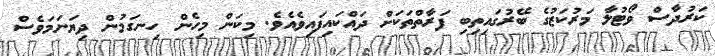
ކަރުދާސް ވޯޓުލާ މަރުކަޒުގެ ބޭރުގައިތިބި ފަރާތްތަކަށް ދައްކައިފައިވެއެވެ. މިކަން މިހެން ހިނގަމުން ދިޔަނަމަވެސް